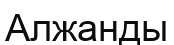
Алжанды